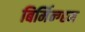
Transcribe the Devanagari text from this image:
बिर्मिन्ग्हम